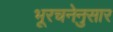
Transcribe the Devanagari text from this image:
भूरचनेनुसार